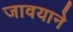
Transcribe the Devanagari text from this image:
जावयाने